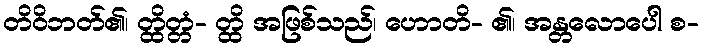
တိဝိဘတ်၏၊ တ္ထိတ္တံ- တ္ထိ အဖြစ်သည်၊ ဟောတိ- ၏၊ အန္တလောပေါ စ-